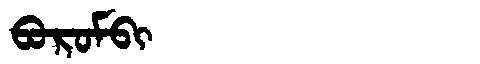
Manchu: ᠪᠣᡵᠣᠮᠪᡳ
Romanization: BOROMBI